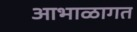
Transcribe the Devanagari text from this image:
आभाळागत